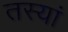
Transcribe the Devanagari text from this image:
तस्यां